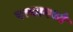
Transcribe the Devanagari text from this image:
पत्त्यामध्ये